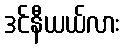
ဒင်နီယယ်လား